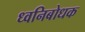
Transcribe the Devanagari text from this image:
ध्वनिबोधक